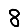
Digit: 8